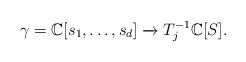
LaTeX: \begin{align*}\gamma = \mathbb{C}[s_{1}, \dots, s_{d}] \xrightarrow[]{} T_{j}^{-1} \mathbb{C}[S].\end{align*}